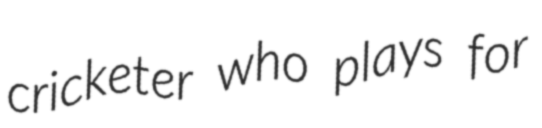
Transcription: cricketer who plays for